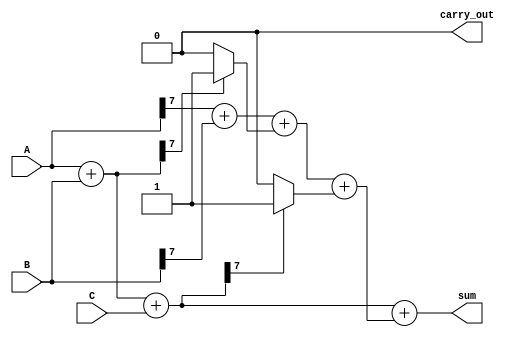
module carry_save_adder(
    input [7:0] A,
    input [7:0] B,
    input [7:0] C,
    output [8:0] sum, // 9 bits to accommodate carry overflow
    output carry_out
);

    // Intermediate sums and carries for the first level of addition
    wire [8:0] sum1, carry1; // 9 bits to store sum and carry
    wire [8:0] sum2, carry2; // 9 bits to store sum and carry
    wire [8:0] final_sum, final_carry;

    // Full adders outputs for first stage
    assign sum1 = A + B;
    assign carry1 = {1'b0, A[7]} + {1'b0, B[7]}; // carry from A and B

    // Second stage: add sum1 with C
    assign sum2 = sum1 + {1'b0, C}; // sum1 size is 9 bits due to carry overflow
    assign carry2 = carry1 + (sum1[7] ? 8'b1 : 8'b0); // If sum1 has an overflow against carry.

    // Reduction tree stage: sum2 and carry2
    assign final_carry = carry2 + (sum2[7] ? 8'b1 : 8'b0); // If sum2 has an overflow.

    // Final sum and carry output
    assign sum = sum2 + final_carry; // Final sum combines final results
    assign carry_out = final_carry[8]; // The last bit of carry

endmodule